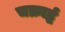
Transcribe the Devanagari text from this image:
चक्रार्द्ध